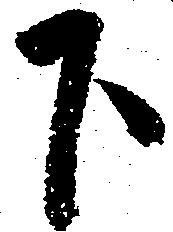
下